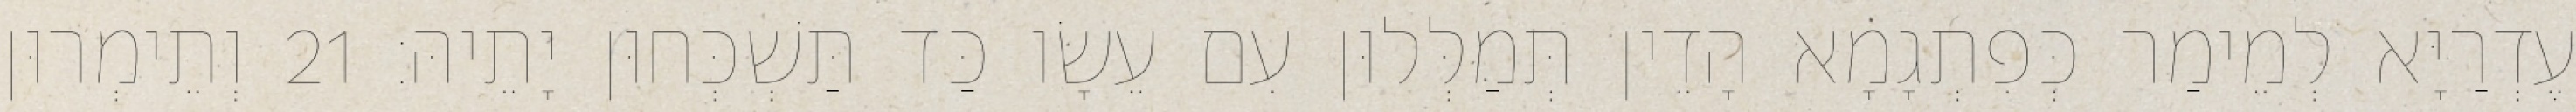
עֶדְרַיָּא לְמֵימַר כְּפִתְגָמָא הָדֵין תְּמַלְּלוּן עִם עֵשָׂו כַּד תַּשְׁכְּחוּן יָתֵיהּ׃ 21 וְתֵימְרוּן